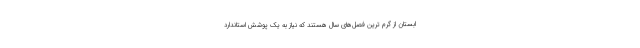
ابستان از گرم ترین فصل‌های سال هستند که نیاز به یک پوشش استاندارد